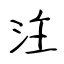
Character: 注